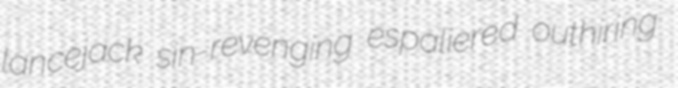
lancejack sin-revenging espaliered outhiring